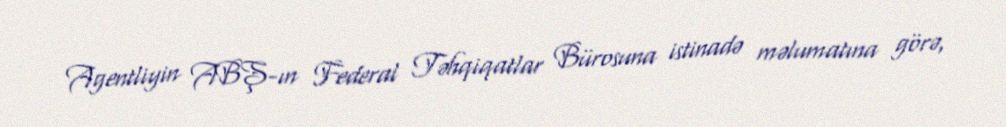
Agentliyin ABŞ-ın Federal Təhqiqatlar Bürosuna istinadə məlumatına görə,